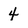
Character: 4